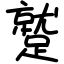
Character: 蹵